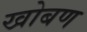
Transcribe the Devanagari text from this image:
खोबण